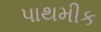
પાથમીક